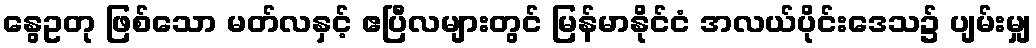
နွေဥတု ဖြစ်သော မတ်လနှင့် ဧပြီလများတွင် မြန်မာနိုင်ငံ အလယ်ပိုင်းဒေသ၌ ပျမ်းမျှ